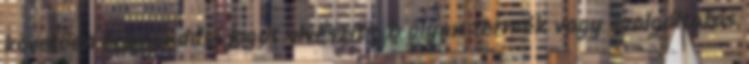
követően felmondási jogát elveszíti; b olyan termék vagy szolgáltatás